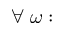
\forall \; \omega :